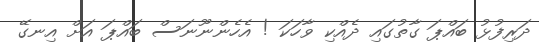
ދަރިފުޅު ބައްޕަ ގާތުގައި ދެއްކި ވާހަކަ ! އެހެންނޫނަސް ބައްޕަ އަށް އިނގޭ